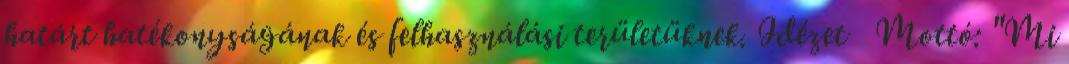
határt hatékonyságának és felhasználási területüknek.Idézet Mottó: "Mi